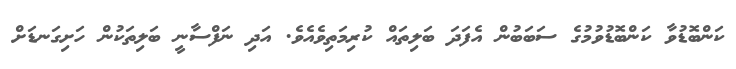
ކަންބޮޑުވާ ކަންބޮޑުވުމުގެ ސަބަބުން އެފަދަ ބަލިތައް ކުރިމަތިވެއެވެ. އަދި ނަފްސާނީ ބަލިތަކުން ހަށިގަނޑަށް